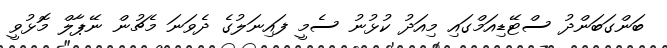
ބަންގަބަންދު ސްޓޭޑިއަމްގައި މިއަދު ކުޅުނު ސެމީ ފައިނަލުގެ ދެވަނަ މެޗުން ނޭޕާލް މޮޅުވީ